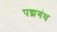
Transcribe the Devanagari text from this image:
पद्मगंध